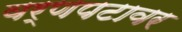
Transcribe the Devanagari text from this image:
वर्णपटावर